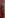
.